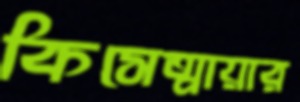
কিসেত্মায়ার